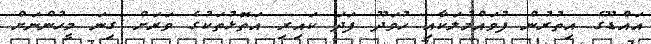
އައްޑޫގެ އިތުރުން ފުވައްމުލަކާއި ހުވަދޫ ފަދަ ކައިރި އަތޮޅުތަކުގެ ވަރަށް ގިނަ މީހުންނަށް